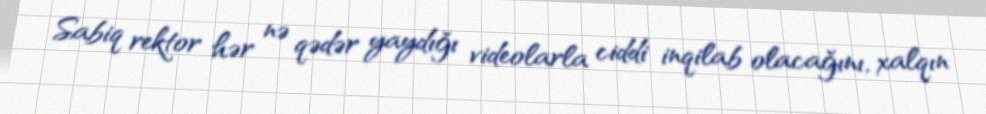
Sabiq rektor hər nə qədər yaydığı videolarla ciddi inqilab olacağını, xalqın